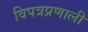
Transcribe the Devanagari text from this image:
विपत्रप्रणाली